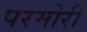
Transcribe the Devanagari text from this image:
परमोरी